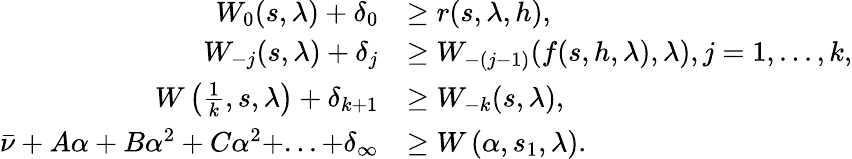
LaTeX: \begin{array}{rl}{W_{0}(s,\lambda)+\delta_{0}}&{\geq r(s,\lambda,h),}\\ {W_{-j}(s,\lambda)+\delta_{j}}&{\geq W_{-(j-1)}(f(s,h,\lambda),\lambda),j=1,...,k,}\\ {W\left(\frac{1}{k},s,\lambda\right)+\delta_{k+1}}&{\geq W_{-k}(s,\lambda),}\\ {\bar{\nu}+A\alpha+B\alpha^{2}+C\alpha^{2}+...+\delta_{\infty}}&{\geq W\left(\alpha,s_{1},\lambda\right).}\end{array}